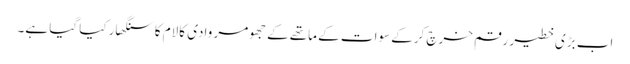
اب بڑی خطیر رقم خرچ کرکے سوات کے ماتھے کے جھومر وادی کالام کا سنگھار کیا گیا ہے۔